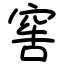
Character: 窖